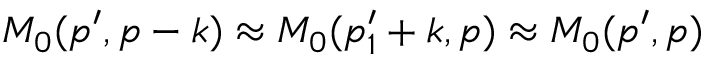
M _ { 0 } ( p ^ { \prime } , p - k ) \approx M _ { 0 } ( p _ { 1 } ^ { \prime } + k , p ) \approx M _ { 0 } ( p ^ { \prime } , p )